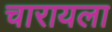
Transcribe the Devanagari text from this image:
चारायला